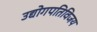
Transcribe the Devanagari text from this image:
उद्योगपतिविजय